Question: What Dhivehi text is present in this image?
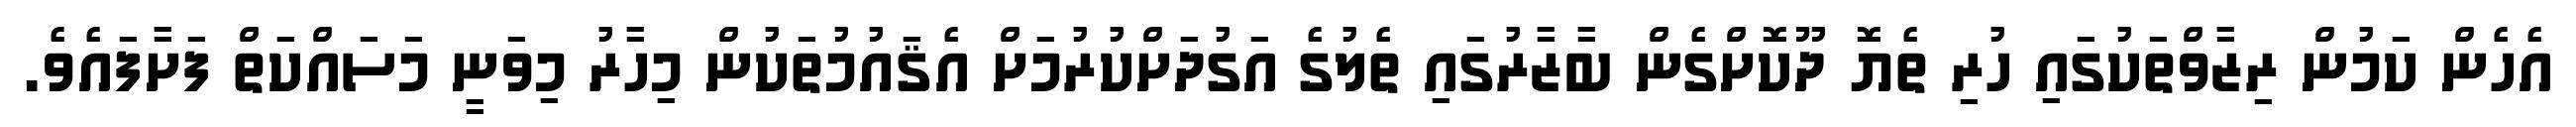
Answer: އެހެން ކަމުން ރިޒާވްތަކުގައި ހުރި ތެޔޮ ދޫކޮށްގެން ބާޒާރުގައި ތެލުގެ އަގުދަށްކުރުމަށް އެޤައުމުތަކުން މިހާރު މިވަނީ މަސައްކަތް ފަށާފައެވެ.